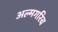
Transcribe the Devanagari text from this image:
अल्मगरिब